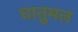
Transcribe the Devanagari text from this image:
घातुमल